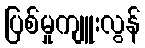
ပြစ်မှုကျူးလွန်